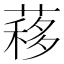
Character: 䔟